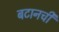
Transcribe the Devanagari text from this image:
बटानची